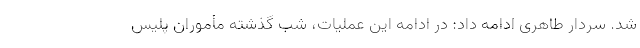
شد. سردار طاهری ادامه داد: در ادامه این عملیات، شب گذشته مأموران پلیس